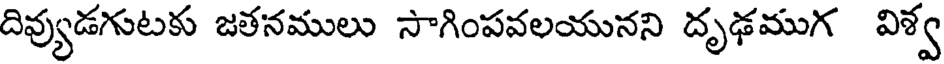
దివ్యుడగుటకు జతనములు సాగింపవలయునని దృఢముగ విశ్వ